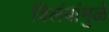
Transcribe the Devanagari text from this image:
विलंबांमुळे